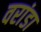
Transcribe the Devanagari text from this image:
वरांडा